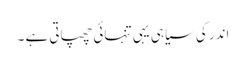
اندر کی سیاہی یہی تنہائی چھپاتی ہے ۔